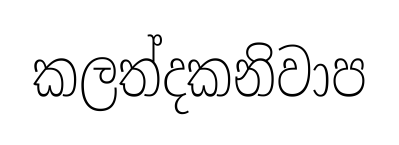
කලත්දකනිවාප